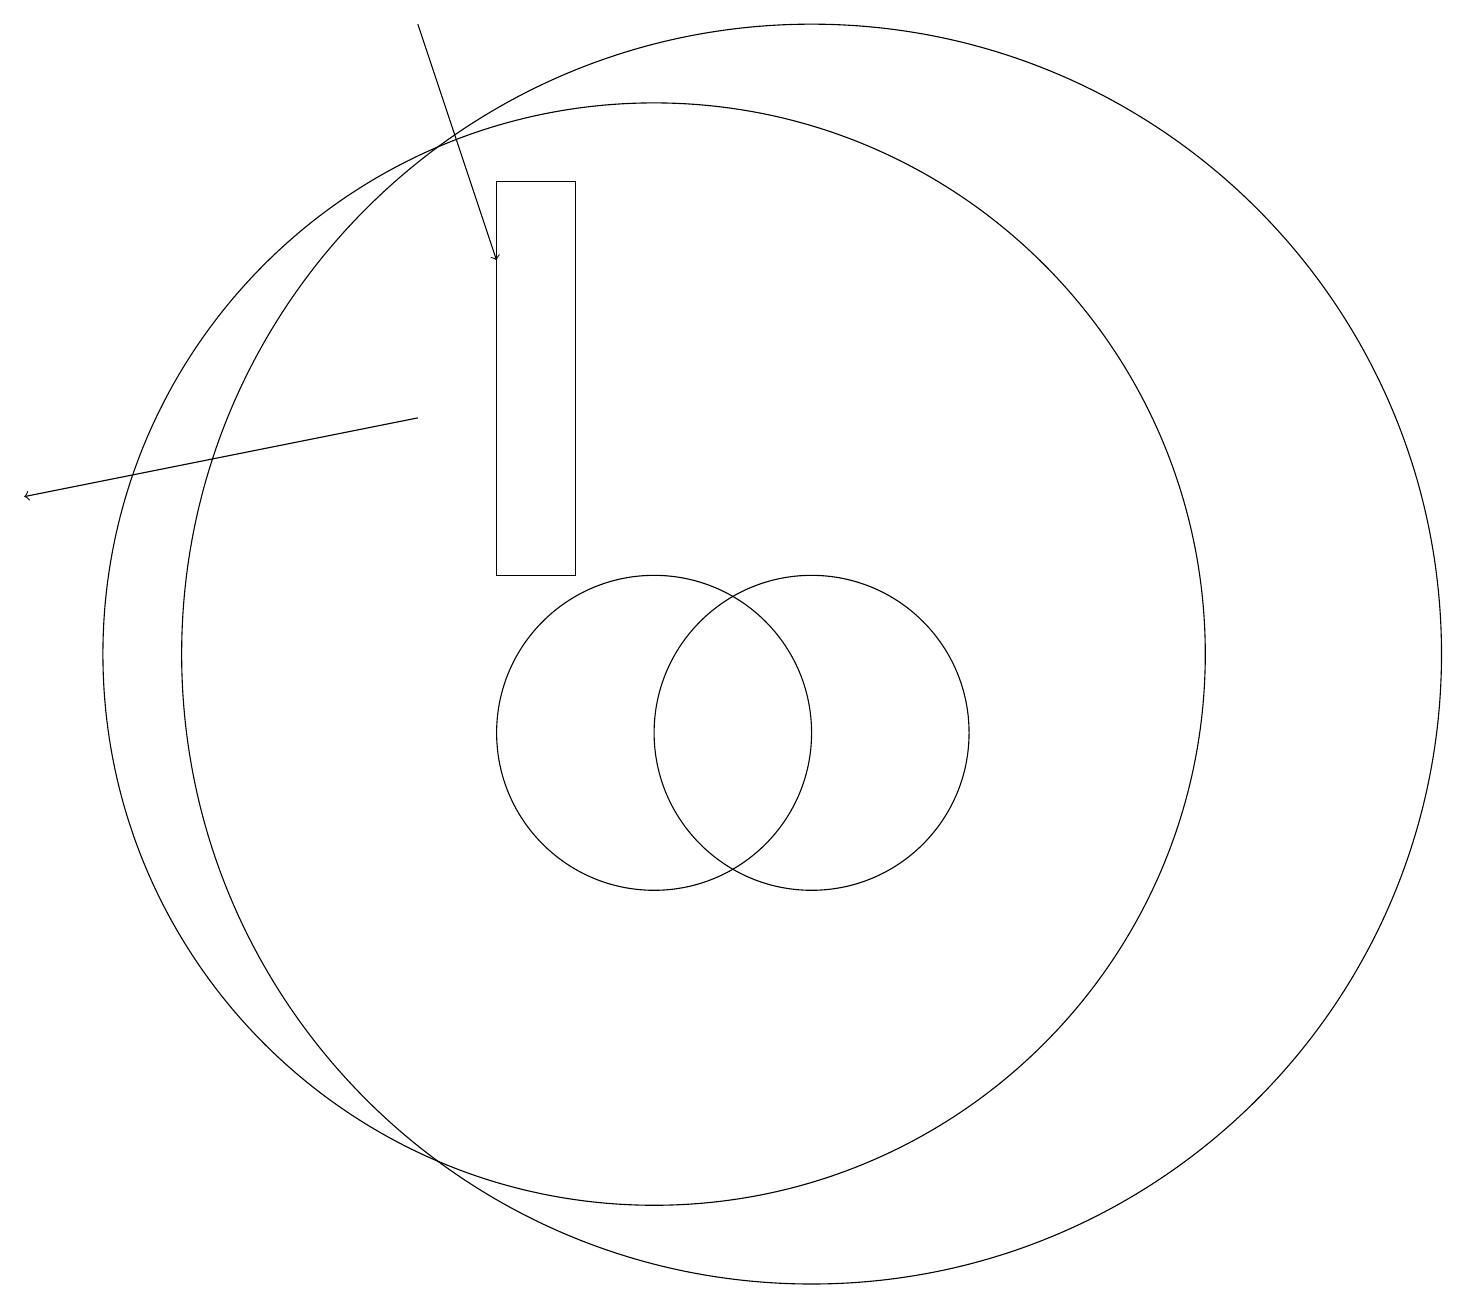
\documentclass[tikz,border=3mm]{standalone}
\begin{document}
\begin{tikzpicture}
\draw (12,11) circle (8);
\draw[->] (7,14) -- (2,13);
\draw (12,10) circle (2);
\draw[->] (7,19) -- (8,16);
\draw (10,11) circle (7);
\draw (10,10) circle (2);
\draw (9,12) rectangle (8,17);
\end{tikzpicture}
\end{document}